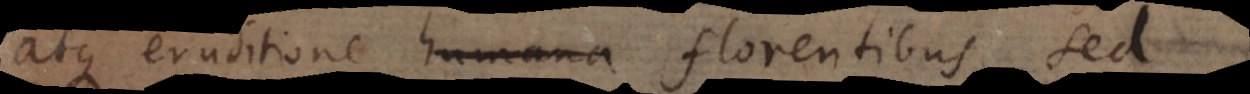
atque eruditione humana florentibus, sed